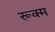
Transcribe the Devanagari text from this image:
रूक्म